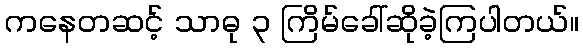
ကနေတဆင့် သာဓု ၃ ကြိမ်ခေါ်ဆိုခဲ့ကြပါတယ်။